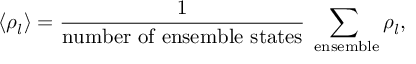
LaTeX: \langle \rho _ { l } \rangle = \frac { 1 } { \mathrm { n u m b e r ~ o f ~ e n s e m b l e ~ s t a t e s } } \sum _ { \mathrm { { \scriptsize ~ e n s e m b l e } } } \rho _ { l } ,